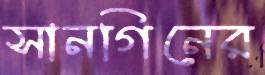
সানগিনের